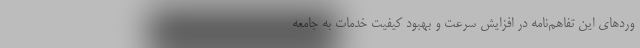
وردهای این تفاهم‌نامه در افزایش سرعت و بهبود کیفیت خدمات به جامعه